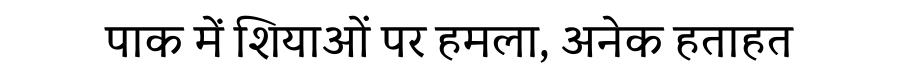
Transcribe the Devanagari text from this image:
पाक में शियाओं पर हमला, अनेक हताहत